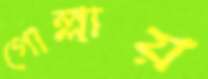
গোল্লায়